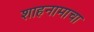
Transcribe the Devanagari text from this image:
शाहनामाचा